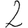
Digit: 2